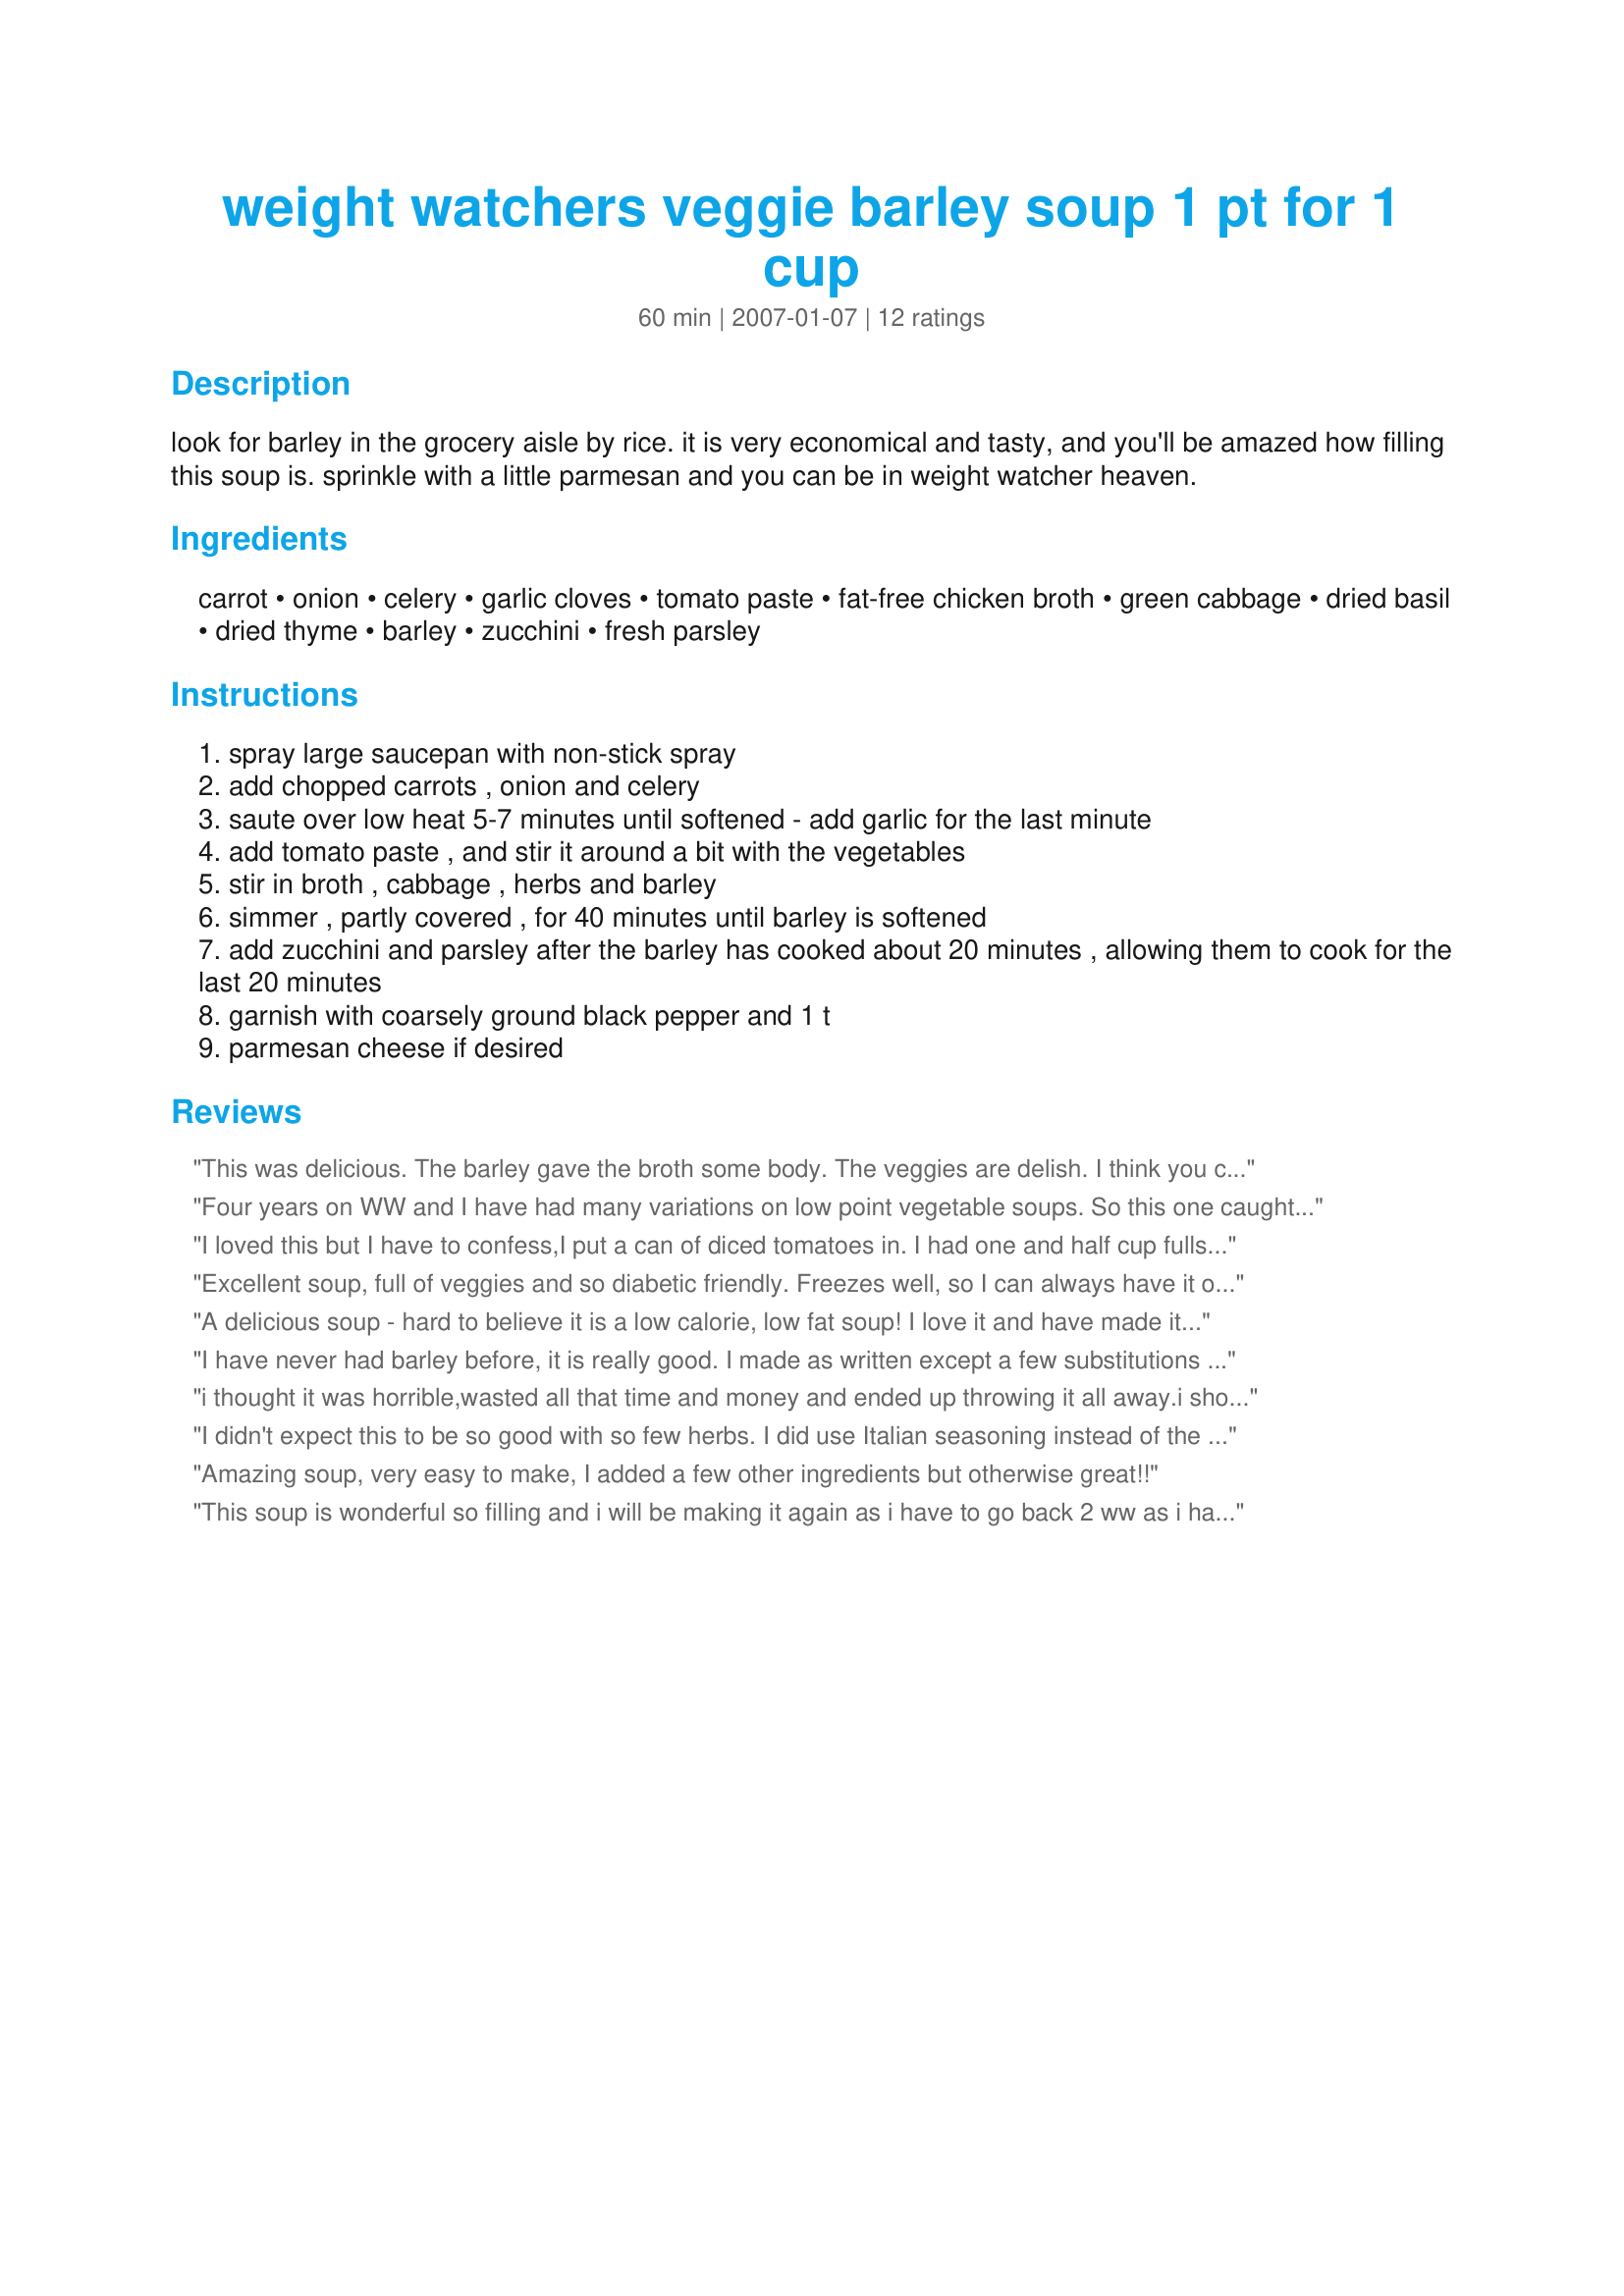
weight watchers veggie barley soup 1 pt for 1 cup
Preparation time: 60 minutes

look for barley in the grocery aisle by rice. it is very economical and tasty, and you'll be amazed how filling this soup is. sprinkle with a little parmesan and you can be in weight watcher heaven.

Ingredients:
carrot, onion, celery, garlic cloves, tomato paste, fat-free chicken broth, green cabbage, dried basil, dried thyme, barley, zucchini, fresh parsley

Steps:
spray large saucepan with non-stick spray
add chopped carrots , onion and celery
saute over low heat 5-7 minutes until softened - add garlic for the last minute
add tomato paste , and stir it around a bit with the vegetables
stir in broth , cabbage , herbs and barley
simmer , partly covered , for 40 minutes until barley is softened
add zucchini and parsley after the barley has cooked about 20 minutes , allowing them to cook for the last 20 minutes
garnish with coarsely ground black pepper and 1 t
parmesan cheese if desired

Reviews:
This was delicious. The barley gave the broth some body. The veggies are delish. I think you could certainly add mushrooms and some hot pepper flakes to make it over the top. Thanks for posting. I will certainly repeat this one.
Four years on WW and I have had many variations on low point vegetable soups. So this one caught me off guard in a light and delightful way. In part it is because most soups begin with canned tomatoes while this one relies on a small amount of paste. So the broth is lighter in flavor which I think let the basil and thyme pop a little more. But really the difference for me was the fresh parsley is an ingredient not a garnish providing the soup a very verdant, bright and spring-like quality and flavor. (Rather fitting to enjoy this on the spring equinox.) Thanks!
I loved this but I have to confess,I put a can of diced tomatoes in. I had one and half cup fulls for dinner and it really filled me up! I'm going to freeze the rest for lunches/dinner. Thanks for posting!
Excellent soup, full of veggies and so diabetic friendly. Freezes well, so I can always have it on hand. Paired up with a slice of warm homemade bread and butter this makes a filling and healthy lunch or dinner. Thanks for sharing Cookin'Diva!
A delicious soup - hard to believe it is a low calorie, low fat soup! I love it and have made it a few times.
I don't know what chef #429762 did wrong - hard to believe it was the same soup.
A lovely soup, great tasting, filling and delicious. Thank you.
I have never had barley before, it is really good. I made as written except a few substitutions of on hand vegetables like red onion, brussel sprouts, 1/2 t of celery seeds in place of the celery. I added 1 rounded tsp of chipolte in adobe pepper sauce with the tomato paste for a kick. Excellent taste.
i thought it was horrible,wasted all that time and money and ended up throwing it all away.i should be a no rating
I didn't expect this to be so good with so few herbs. I did use Italian seasoning instead of the listed ones and doubled the garlic. This is very good and I'll be eating it all week. Thanks!!
Amazing soup, very easy to make, I added a few other ingredients but otherwise great!!
This soup is wonderful so filling and i will be making it again as i have to go back 2 ww as i have put on a few kilos. A great change from the other ww vege soup that i have made in the past.
I have never had barley before and i like it in the soup. Made for RECIPE SWAP #19 - August 2008 in the Aust/NZ forum
For a WW recipe, this is awesome!!!! I used a seasoned chicken bullion cubes & also threw in a few fresh chopped green beans. Hubby even had a second helping of it. This is a keeper and a great way to start the New Year! Thanks for sharing.
This was a wonderful soup. My boyfriend is on a diet and he couldn't beleive that this was a low cal & low fat soup that he is allowed to eat. This will be a winter favourite in our kitchen. Thank you!
